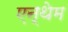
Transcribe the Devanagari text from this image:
एन्थेम